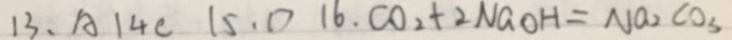
1 3 . A 1 4 c 1 5 . D 1 6 . C O _ { 2 } + 2 N a O H = N a _ { 2 } C O _ { 3 }